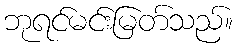
ဘုရင်မင်းမြတ်သည်။